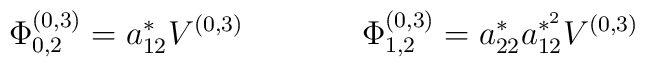
\Phi_{0,2}^{(0,3)} = a_{12}^{*}V^{(0,3)}\hspace{15mm}\Phi_{1,2}^{(0,3)} =a_{22}^{*}a_{12}^{*^{2}}V^{(0,3)}